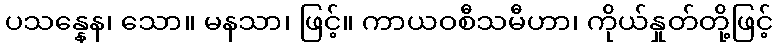
ပသန္နေန၊ သော။ မနသာ၊ ဖြင့်။ ကာယဝစီသမီဟာ၊ ကိုယ်နှုတ်တို့ဖြင့်